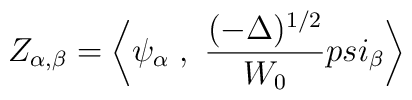
Z_{\alpha,\beta} = \bigg< \psi_\alpha \; , \  {(-\Delta)^{1/2} \over W_0} \\psi_\beta  \bigg>